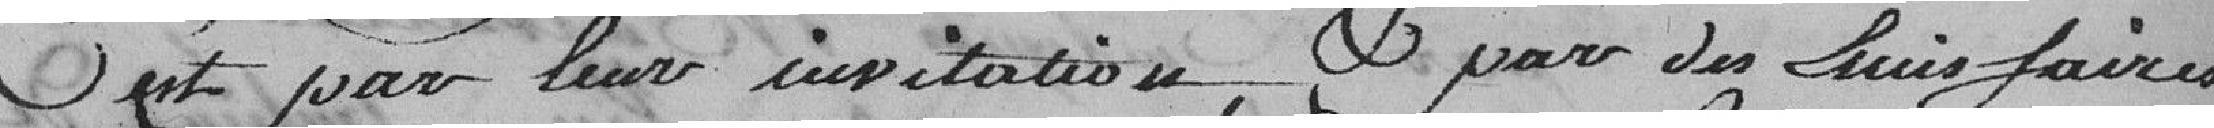
C'est par leur invitation, & par des Emissaires